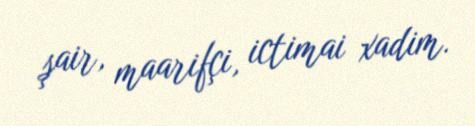
şair, maarifçi, ictimai xadim.